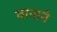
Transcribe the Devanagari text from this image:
वानाने